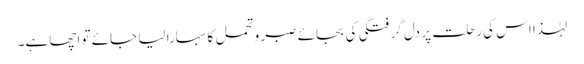
لہٰذا اس کی رحلت پر دل گرفتگی کی بجائے صبر و تحمل کا سہارا لیا جائے تو اچھا ہے۔